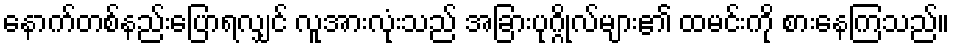
နောက်တစ်နည်းပြောရလျှင် လူအားလုံးသည် အခြားပုဂ္ဂိုလ်များ၏ ထမင်းကို စားနေကြသည်။